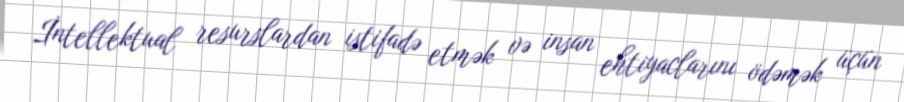
İntellektual resurslardan istifadə etmək və insan ehtiyaclarını ödəmək üçün